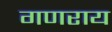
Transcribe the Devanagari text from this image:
गणराय